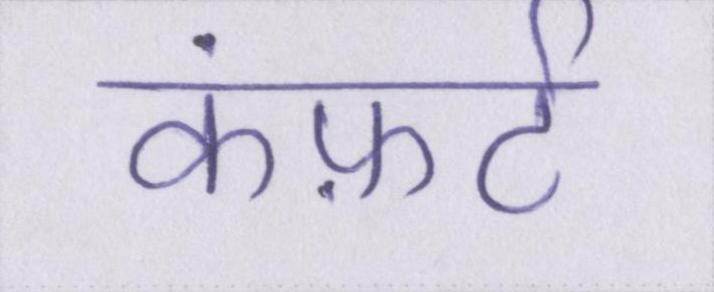
कंफ़र्ट